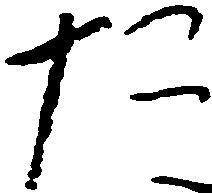
た